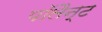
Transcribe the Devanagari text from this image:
पॉलैन्ट